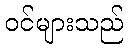
ဝင်များသည်